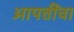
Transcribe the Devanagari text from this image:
आपत्तींचा